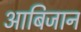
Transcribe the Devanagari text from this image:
आबिजान